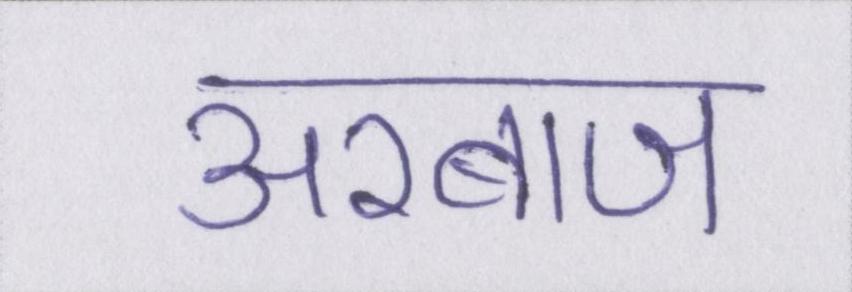
अरबाज